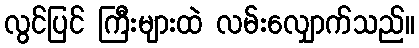
လွင်ပြင် ကြီးများထဲ လမ်းလျှောက်သည်။